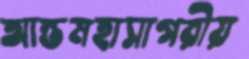
আন্তমহাসাগরীয়